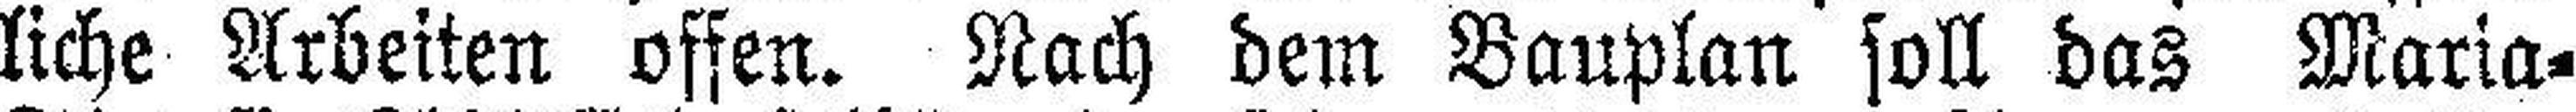
liche Arbeiten offen. Nach dem Bauplan soll das Maria=